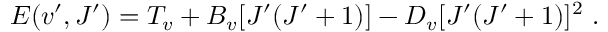
E ( v ^ { \prime } , J ^ { \prime } ) = T _ { v } + B _ { v } [ J ^ { \prime } ( J ^ { \prime } + 1 ) ] - D _ { v } [ J ^ { \prime } ( J ^ { \prime } + 1 ) ] ^ { 2 } \mathrm { ~ . ~ }